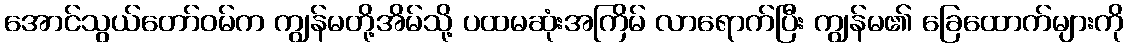
အောင်သွယ်တော်ဝမ်က ကျွန်မတို့အိမ်သို့ ပထမဆုံးအကြိမ် လာရောက်ပြီး ကျွန်မ၏ ခြေထောက်များကို